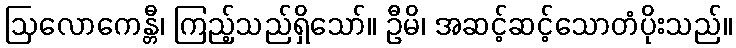
ဩလောကေန္တီ၊ ကြည့်သည်ရှိသော်။ ဦမိ၊ အဆင့်ဆင့်သောတံပိုးသည်။